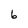
Character: 6